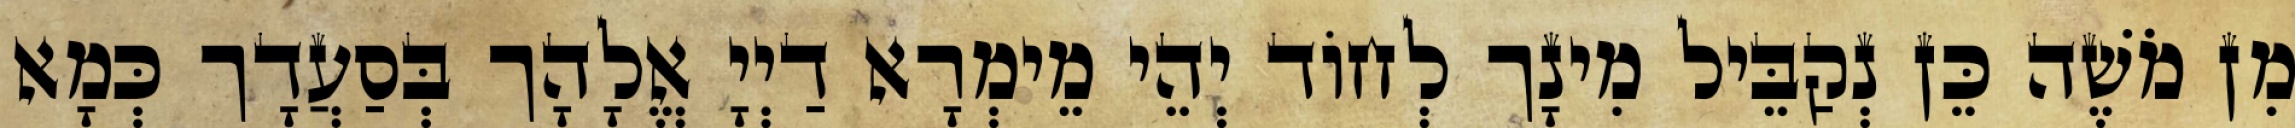
מִן מֹשֶׁה כֵּן נְקַבֵּיל מִינָך לְחוֹד יְהֵי מֵימְרָא דַיְיָ אֱלָהָך בְּסַעֲדָך כְּמָא